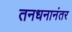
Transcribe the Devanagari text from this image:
तनधनानंतर